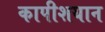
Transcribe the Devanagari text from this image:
कापीशयान